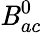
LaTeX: \mathit{B}_{ac}^{0}